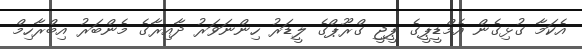
އެކަމާ ގުޅިގެން އެމްޑީޕީގެ ޕީޖީ ގްރޫޕްގެ ލީޑަރު ހިންނަވަރު ދާއިރާގެ މެންބަރު އިބްރާހިމް